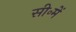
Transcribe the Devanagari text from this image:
सी॰में